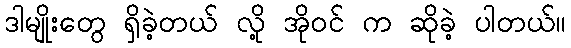
ဒါမျိုးတွေ ရှိခဲ့တယ် လို့ အိုဝင် က ဆိုခဲ့ ပါတယ်။